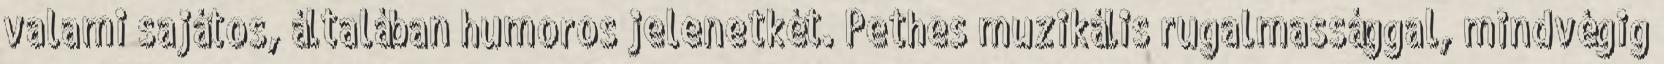
valami sajátos, általában humoros jelenetkét. Pethes muzikális rugalmassággal, mindvégig